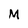
Character: M